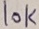
Text: 10K